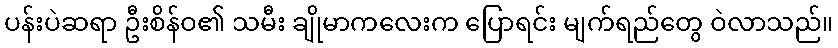
ပန်းပဲဆရာ ဦးစိန်ဝ၏ သမီး ချိုမာကလေးက ပြောရင်း မျက်ရည်တွေ ဝဲလာသည်။